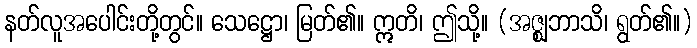
နတ်လူအပေါင်းတို့တွင်။ သေဋ္ဌော၊ မြတ်၏။ ဣတိ၊ ဤသို့။ (အဇ္ဈဘာသိ၊ ရွတ်၏။)